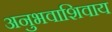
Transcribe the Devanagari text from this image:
अनुभवाशिवाय